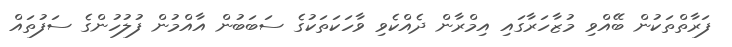
ފަރާތްތަކުން ބޭއްވި މުޒާހަރާގައި އިމްރާން ދެއްކެވި ވާހަކަތަކުގެ ސަބަބުން އާއްމުން ފުލުހުންގެ ސަފުތައް